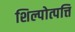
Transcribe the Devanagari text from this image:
शिल्पोत्पत्तिं